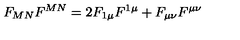
F _ { M N } F ^ { M N } = 2 F _ { 1 \mu } F ^ { 1 \mu } + F _ { \mu \nu } F ^ { \mu \nu }